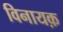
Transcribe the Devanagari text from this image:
विनायक़